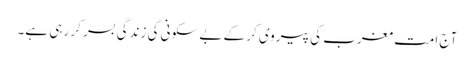
آج امت مغرب کی پیروی کر کے بے سکونی کی زندگی بسر کر رہی ہے۔